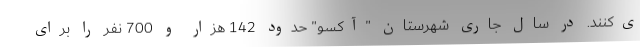
ی‌کنند. در سال جاری شهرستان "آکسو" حدود 142 هزار و 700 نفر را برای